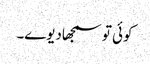
کوئی تو سمجھادیوے۔